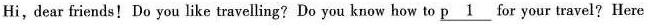
Hi,dear friends! Do you like travelling? Do you know how to \underline{p 1} for your travel? Here